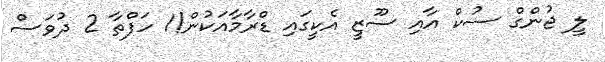
ލީ ޖުންގް ސުކް އާއި ސޫޒީ އެކީގައި ޑްރާމާއަކުން!1 ހަފްތާ 2 ދުވަސް